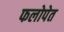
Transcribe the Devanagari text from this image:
फलोपेत